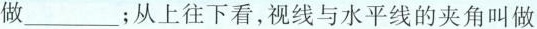
做___；从上往下看，视线与水平线的夹角叫做